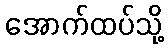
အောက်ထပ်သို့